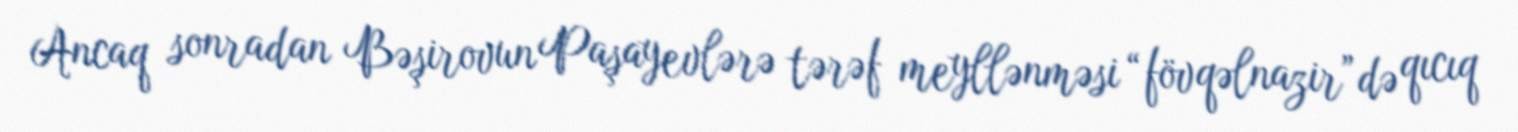
Ancaq sonradan Bəşirovun Paşayevlərə tərəf meyllənməsi “fövqəlnazir”də qıcıq